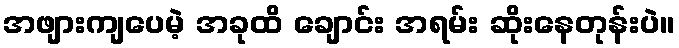
အဖျားကျပေမဲ့ အခုထိ ချောင်း အရမ်း ဆိုးနေတုန်းပဲ။